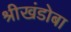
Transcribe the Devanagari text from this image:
श्रीखंडोबा